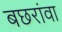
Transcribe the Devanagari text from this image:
बछरांवा